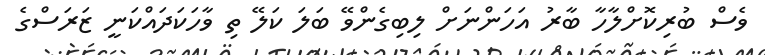
ވެސް ބުރިކޮށްލާހާ ބާރު އަހަންނަށް ލިބިގެންވޭ ބަލަ ކަލޭ ތި ވާހަކަދައްކަނީ ޒަރަސްގެ